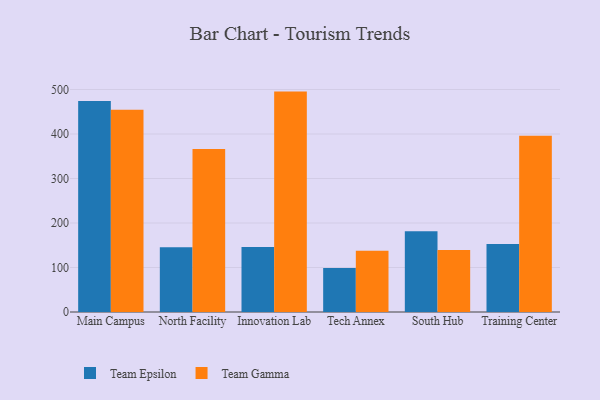
{"axis": {"x": "Campus", "y": "Churn Rate (%)"}, "legend": ["Team Epsilon", "Team Gamma"], "data": [{"x": "Main Campus", "y": 473.9, "type": "Team Epsilon"}, {"x": "Main Campus", "y": 454.5, "type": "Team Gamma"}, {"x": "North Facility", "y": 145.5, "type": "Team Epsilon"}, {"x": "North Facility", "y": 366.1, "type": "Team Gamma"}, {"x": "Innovation Lab", "y": 145.9, "type": "Team Epsilon"}, {"x": "Innovation Lab", "y": 495.3, "type": "Team Gamma"}, {"x": "Tech Annex", "y": 99.1, "type": "Team Epsilon"}, {"x": "Tech Annex", "y": 137.7, "type": "Team Gamma"}, {"x": "South Hub", "y": 181.5, "type": "Team Epsilon"}, {"x": "South Hub", "y": 139.4, "type": "Team Gamma"}, {"x": "Training Center", "y": 153.0, "type": "Team Epsilon"}, {"x": "Training Center", "y": 395.9, "type": "Team Gamma"}]}